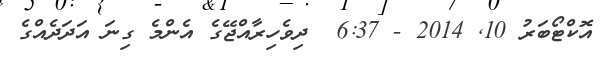
އޮކްޓޯބަރު 10